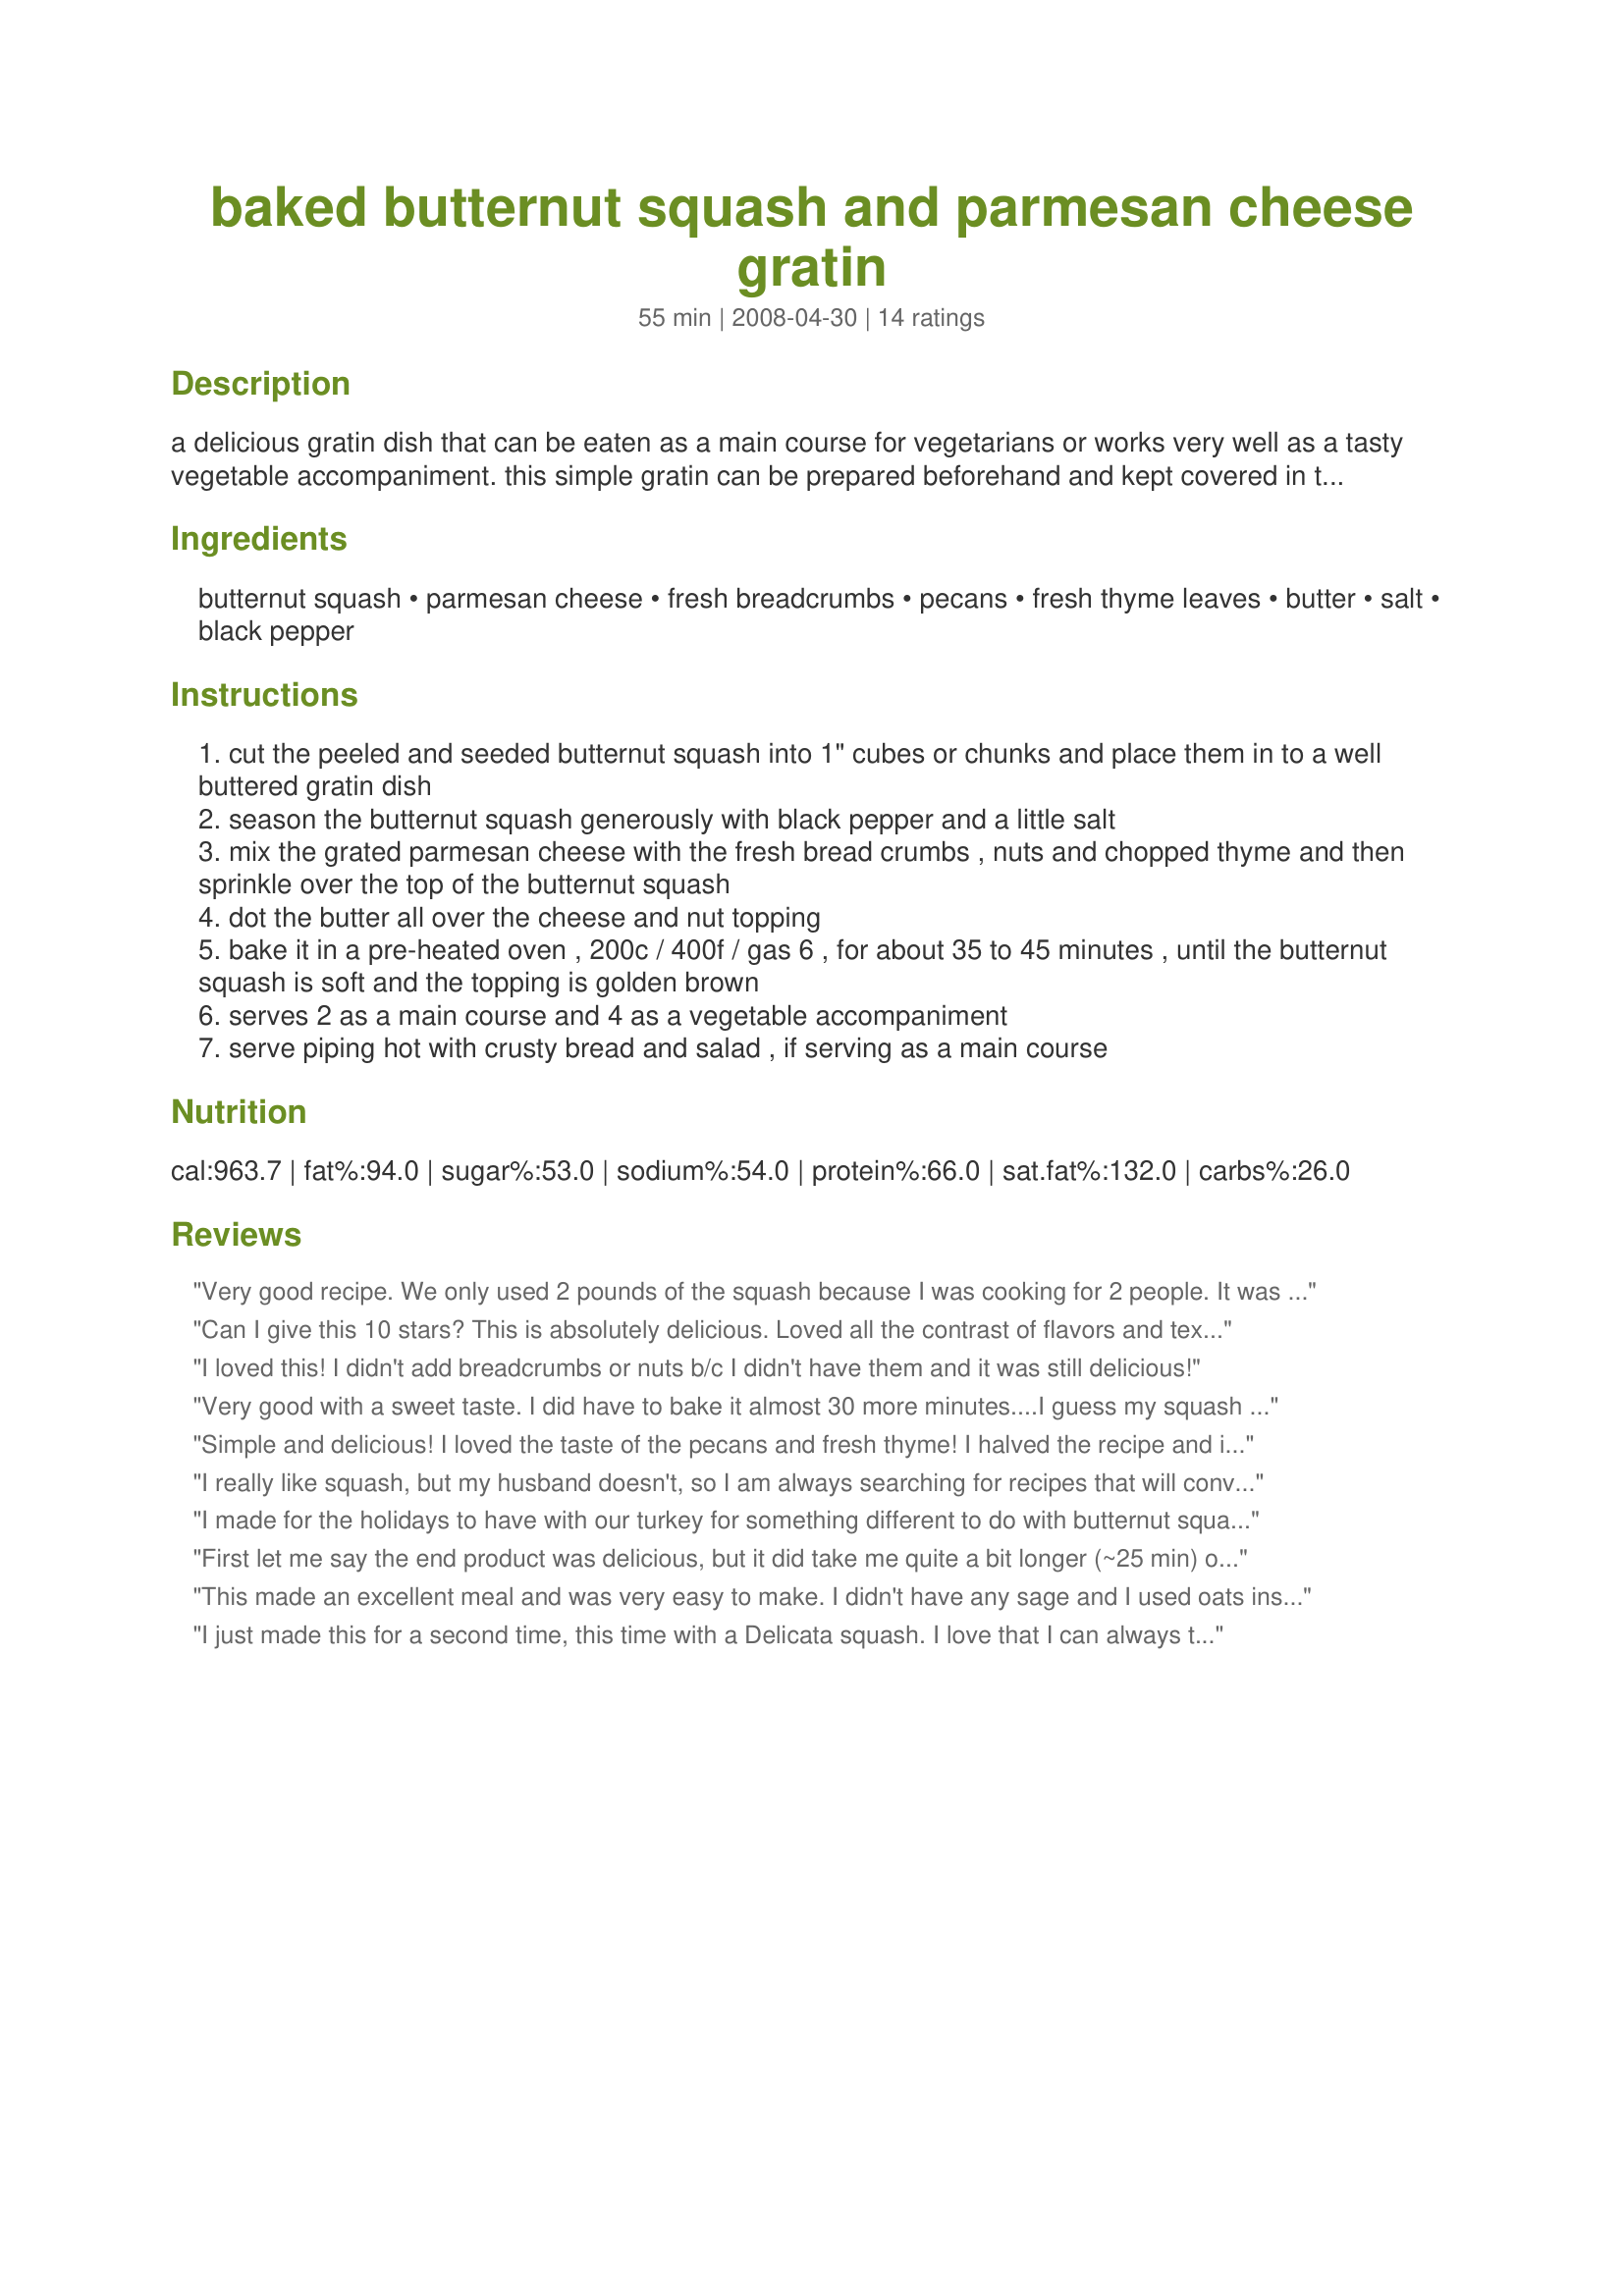
baked butternut squash and parmesan cheese gratin
Preparation time: 55 minutes

a delicious gratin dish that can be eaten as a main course for vegetarians or works very well as a tasty vegetable accompaniment. this simple gratin can be prepared beforehand and kept covered in the fridge - just remember to take it out for 30 minutes before baking it. the crumbly cheese topping contains pecans, however walnuts can be substituted if pecans aren't available.

Ingredients:
butternut squash, parmesan cheese, fresh breadcrumbs, pecans, fresh thyme leaves, butter, salt, black pepper

Steps:
cut the peeled and seeded butternut squash into 1" cubes or chunks and place them in to a well buttered gratin dish
season the butternut squash generously with black pepper and a little salt
mix the grated parmesan cheese with the fresh bread crumbs , nuts and chopped thyme and then sprinkle over the top of the butternut squash
dot the butter all over the cheese and nut topping
bake it in a pre-heated oven , 200c / 400f / gas 6 , for about 35 to 45 minutes , until the butternut squash is soft and the topping is golden brown
serves 2 as a main course and 4 as a vegetable accompaniment
serve piping hot with crusty bread and salad , if serving as a main course

Reviews:
Very good recipe. We only used 2 pounds of the squash because I was cooking for 2 people. It was simple to make and very delicious!
Can I give this 10 stars? This is absolutely delicious. Loved all the contrast of flavors and textures both. The squash soft and sweet and so yummy against the contrasting sharpness of the parmesan and nuts. Made using sourdough bread crumbs and walnuts which makes the yummiest of toppings. This has got to be the absolute best butternut squash recipe I have ever made. Thanks so much for the post.
I loved this! I didn't add breadcrumbs or nuts b/c I didn't have them and it was still delicious!
Very good with a sweet taste. I did have to bake it almost 30 more minutes....I guess my squash was harder than it should have been! A nice autumn dish. Thnx for posting, FT. Made for KcK's Forum.
Simple and delicious! I loved the taste of the pecans and fresh thyme! I halved the recipe and it made a great lunch. Thank you!
I really like squash, but my husband doesn't, so I am always searching for recipes that will convince him that squash is a great vegetable. He even liked this recipe - I liked it because it added a little variety with the cheese and nuts.
I made for the holidays to have with our turkey for something different to do with butternut squash. The family loved it and it will be a part of my holiday dinner menu for years to come!
First let me say the end product was delicious, but it did take me quite a bit longer (~25 min) of baking to get the squash soft. The topping was brown and the end of the first 30 minutes, so I had to turn down the heat and cover the dish with foil for the 2nd 30 min. Ended up having this for dinner ther following day, and it reheated in the oven nicely. People may want to start this dish early if making with other items for a meal, to make sure it is done when you want it to be! Flavors were great, nice to have a butternut squash dish that wasn't overly sweet! A keeper for me.
This made an excellent meal and was very easy to make. I didn't have any sage and I used oats instead of breadcrumbs. Thanks for this great recipe!
I just made this for a second time, this time with a Delicata squash. I love that I can always turn to it when I have a squash on hand, because the other ingredients are in my pantry. It's nice and light, and very savory.
Just delicious! What a wonderful, different way to serve butternut squash! This was easy to prepare and smelled great while baking. Will definitely make this again!
Thanks a buch for posting!
~Sue
French Tart... you are REALLY good. This dish is amazing! I had a butternut squash and an acorn squash on hand so I combined the two and served it as a side with Recipe #322603. I now have a reason to add squash to my monthly shopping list. Wow!
This is amazing! I love the fact that the squash stays in chunks, rather than being pureed. I used pecans, and we really enjoyed the depth of flavour we got from the combo of nuts and chunky squash. We loved this, and it will be our go to recipe for squash from here on in. I think I'll be serving squash more often now....yummo! Made for Aussie Swap :)
I served this for Canadian Thanksgiving. I made just as posted except I tossed the squash in a little melted butter & a wee bit of Maple Syrup. I also added chopped fresh sage to the topping. Really yummy. Thanks for the posting.
